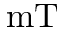
\mathrm { m T }